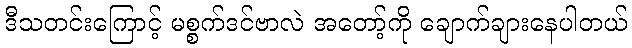
ဒီသတင်းကြောင့် မစ္စက်ဒင်ဗာလဲ အတော့်ကို ချောက်ချားနေပါတယ်